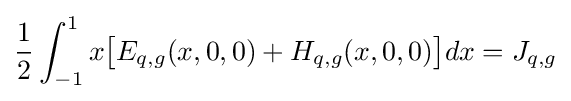
{\frac {1}{2}}\int _{-1}^{1}x{\big [}E_{q,g}(x,0,0)+H_{q,g}(x,0,0){\big ]}dx=J_{q,g}